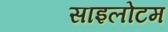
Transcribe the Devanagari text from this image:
साइलोटम